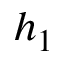
h _ { 1 }